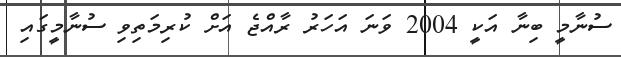
ސުނާމީ ބިނާ އަކީ 2004 ވަަނަ އަަހަރު ރާއްޖެ އަށް ކުރިމަތިވި ސުނާމީގައި